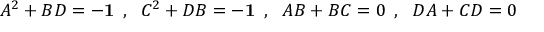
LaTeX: A ^ { 2 } + B D = - { \bf { 1 } } \: \: , \: \: \: C ^ { 2 } + D B = - { \bf { 1 } } \: \: , \: \: \: A B + B C = 0 \: \: , \: \: \: D A + C D = 0